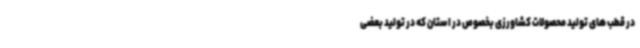
در قطب های تولید محصولات کشاورزی بخصوص در استان که در تولید بعضی